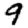
Digit: 9